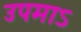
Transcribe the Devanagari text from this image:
उपमाऽ